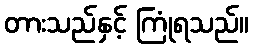
တားသည်နှင့် ကြုံရသည်။